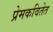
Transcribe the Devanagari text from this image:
प्रेमकवितेत